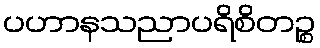
ပဟာနသညာပရိစိတဉ္စ